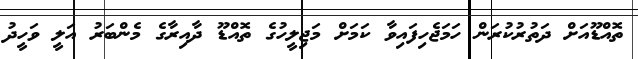
ތޮއްޑޫއަށް ދަތުރުކުރަން ހަމަޖެހިފައިވާ ކަމަށް މަޖިލީހުގެ ތޮއްޑޫ ދާއިރާގެ މެންބަރު އަލީ ވަހީދު